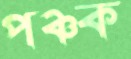
পঞ্চক